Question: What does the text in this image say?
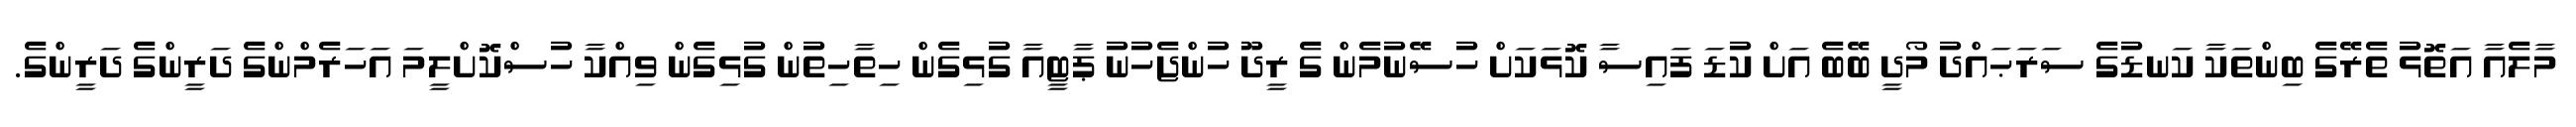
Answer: މާލެއާ އަތޮޅު ތެރޭގެ ބިންތަކާ ކަނޑުގެ ސަރަޙައްދު މޯދީ ބޭބެ އަށް ކުޑަ ފައިސާ ކޮޅަކަށް ހުސޭނުމެން ގެ ރީދޫ ހުންޖެހުނު ޕާޓީއާ ގުޅިގެން ހިތާހިތުން ގުޅިގެން ވިއްކާ ހުސްކޮށްލީމަ އަހަރެމްންގެ ދަރީންގެ ދަރީންގެ.